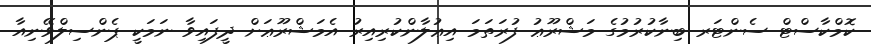
ކޮމްކާސްޓް ސެންޓަރ ބިނާކުރުމުގެ މަޝްރޫޢު ފުރަތަމަ އިޢުލާންކުރިއިރު އެމަޝްރޫޢަށް ދީފައިވާ ނަމަކީ ޕެންސިލްވޭނިއާ